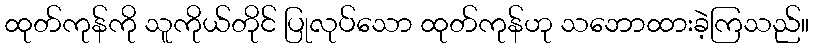
ထုတ်ကုန်ကို သူကိုယ်တိုင် ပြုလုပ်သော ထုတ်ကုန်ဟု သဘောထားခဲ့ကြသည်။